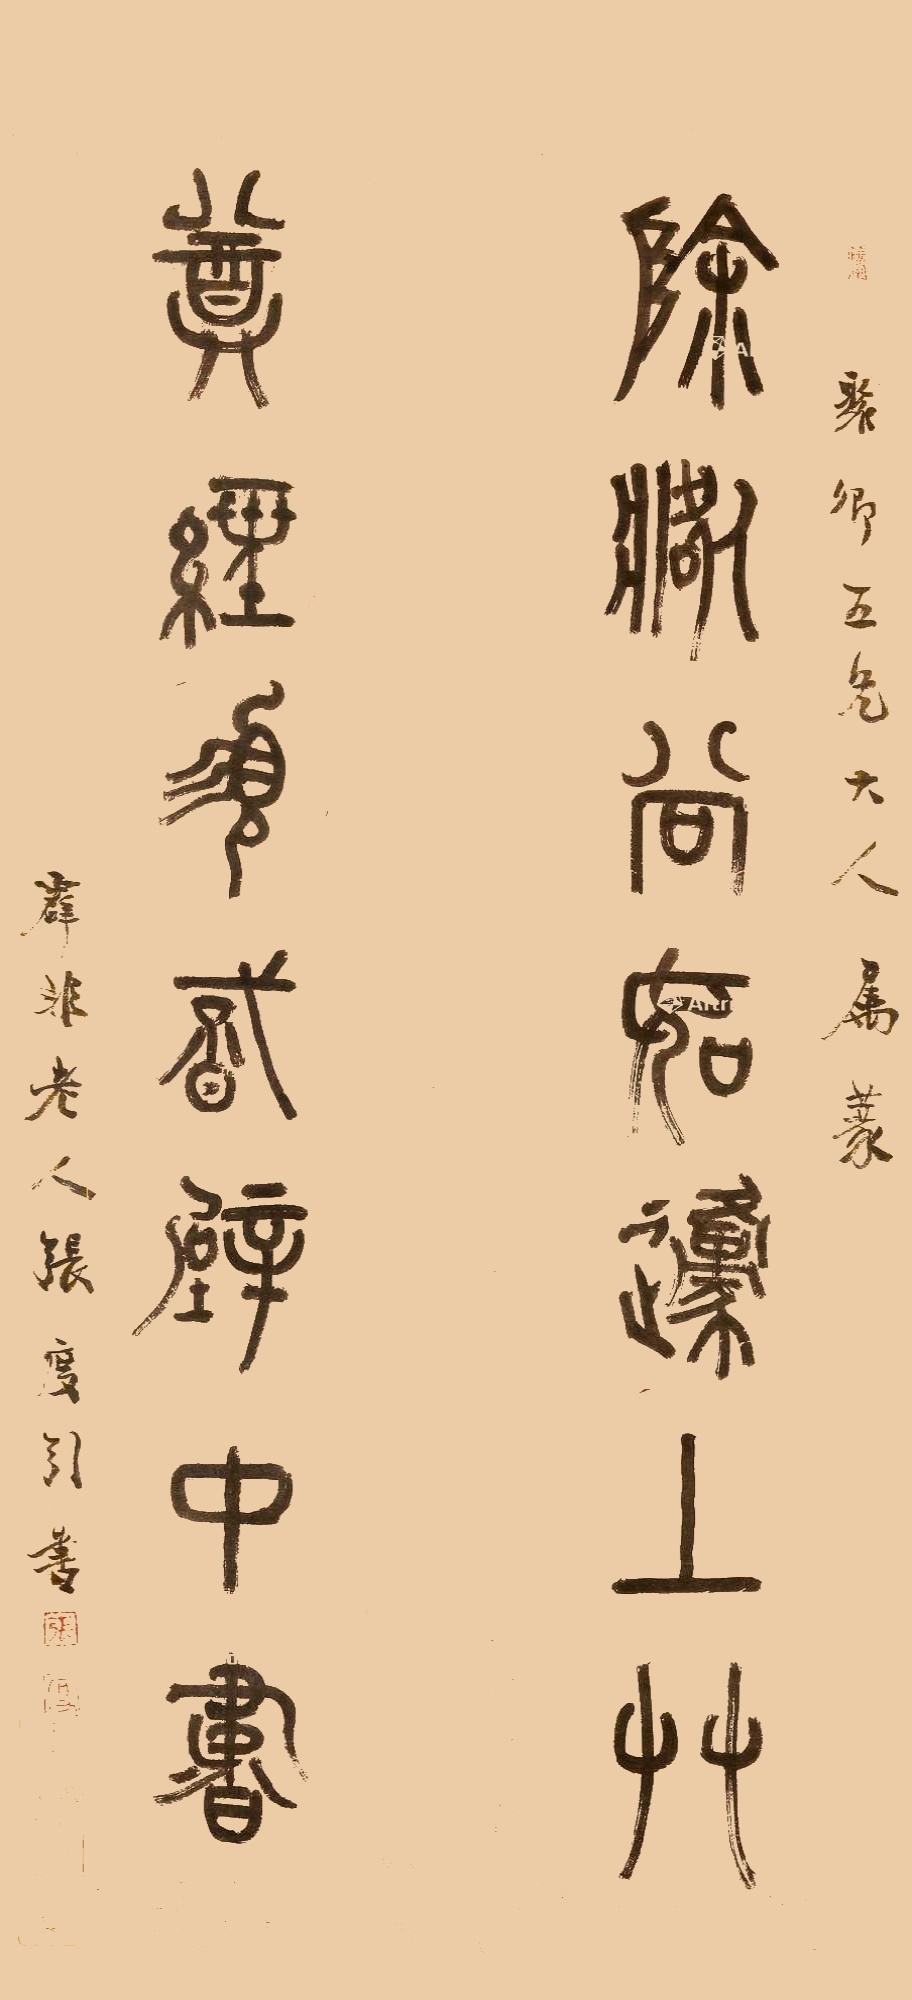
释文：除咎当如原上草，尊经须识壁中书。聚卿五兄大人属篆，辟非老人张度引书。